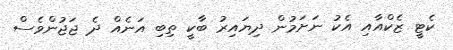
ކެޓީ ޒެކްއާއި އެކު ނަށަމުން ދިޔައިރު ބާކީ ތިބި އަނެއް ދެ ޖަޖުންވެސް